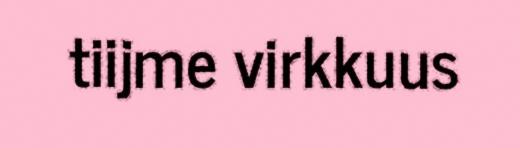
tiijme virkkuus